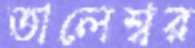
তালেশ্বর